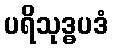
ပရိသုဒ္ဓပဒံ